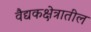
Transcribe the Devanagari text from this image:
वैद्यकक्षेत्रातील